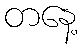
တနေ့